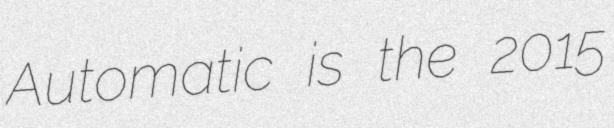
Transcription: Automatic is the 2015